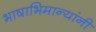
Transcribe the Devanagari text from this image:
भाषाभिमान्यांनी